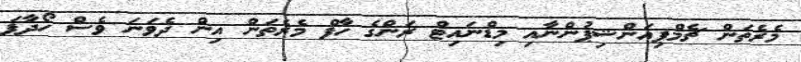
މެރެތަން ޗެމްޕިއަންޝިޕުންނާއި މިޑްނައިޓް ރަންގެ ހާފް މެރެތަން އިން ދެވަނަ ވެސް ހޯދާފަ